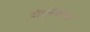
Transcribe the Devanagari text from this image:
दौड़नेवाला